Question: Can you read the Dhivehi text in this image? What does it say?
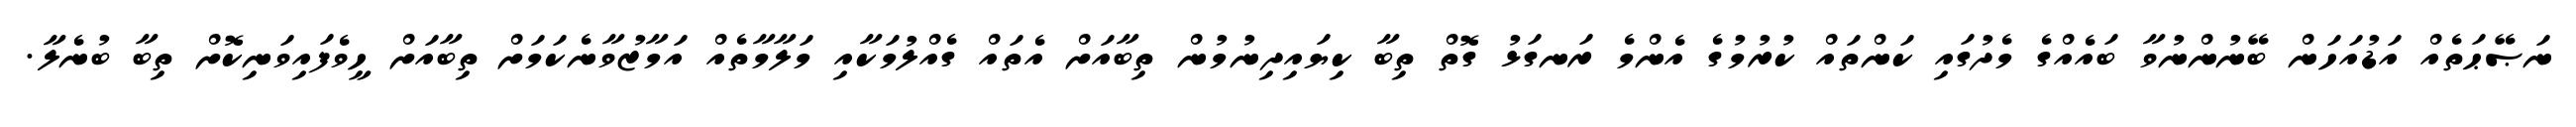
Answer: ނަޞޭޙަތެއް އަޑުއަހަން ބޭނުންނުވާ ބައެއްގެ މެދުގައި ކަންތައް ކުރުމުގެ އެންމެ ރަނގަޅު ގޮތް ތިބާ ކިޔައިދިނުމުން ތިބާއަށް އެތައް ގެއްލުމަކާއި މަލާމާތެއް އަމާޒުވާނެކަމަށް ތިބާއަށް ހީވެފައިވަނިކޮށް ތިބާ ބުނެލާ.